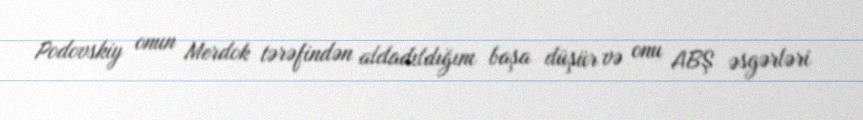
Podovskiy onun Merdok tərəfindən aldadıldığını başa düşür və onu ABŞ əsgərləri